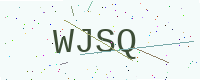
Text: WJSQ